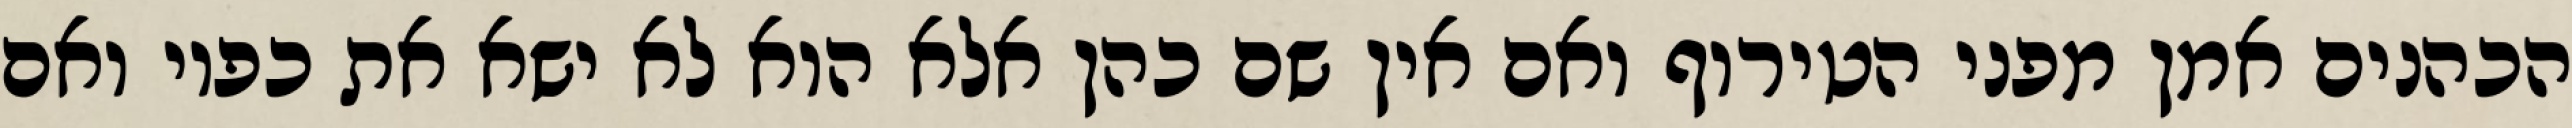
הכהנים אמן מפני הטירוף ואם אין שם כהן אלא הוא לא ישא את כפיו ואם